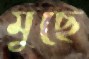
মুছে